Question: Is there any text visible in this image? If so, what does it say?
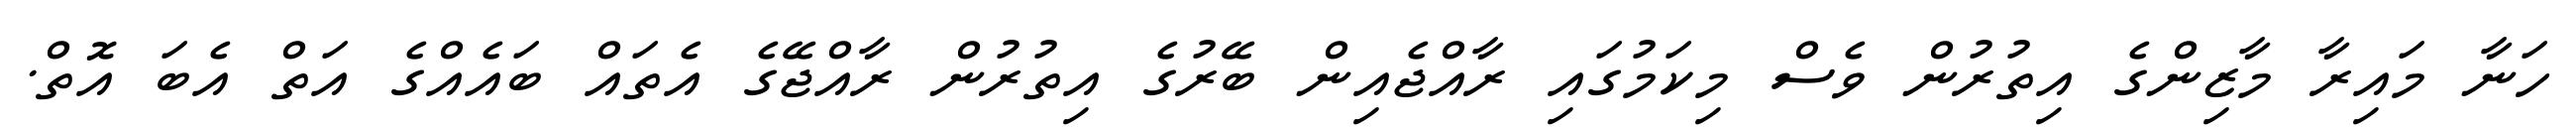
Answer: ހަނާ މައިރާ މާޒިންގެ އިތުރުން ވެސް މިކަމުގައި ރާއްޖެއިން ބޭރުގެ އިތުރުން ރާއްޖޭގެ އެތައް ބައެއްގެ އަތް އެބަ އޮތް.